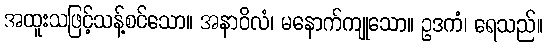
အထူးသဖြင့်သန့်စင်သော။ အနာဝိလံ၊ မနောက်ကျုသော။ ဥဒကံ၊ ရေသည်။